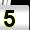
Digit: 5